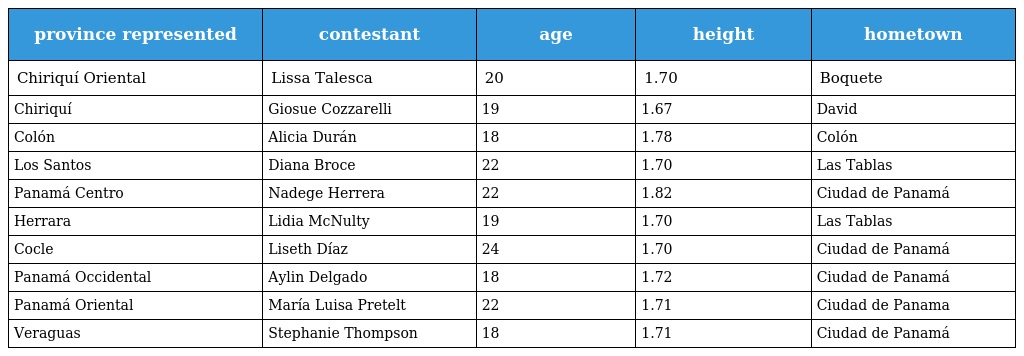
| province represented | contestant | age | height | hometown |
 | --- | --- | --- | --- | --- |
 | Chiriquí Oriental | Lissa Talesca | 20 | 1.70 | Boquete |
 | Chiriquí | Giosue Cozzarelli | 19 | 1.67 | David |
 | Colón | Alicia Durán | 18 | 1.78 | Colón |
 | Los Santos | Diana Broce | 22 | 1.70 | Las Tablas |
 | Panamá Centro | Nadege Herrera | 22 | 1.82 | Ciudad de Panamá |
 | Herrara | Lidia McNulty | 19 | 1.70 | Las Tablas |
 | Cocle | Liseth Díaz | 24 | 1.70 | Ciudad de Panamá |
 | Panamá Occidental | Aylin Delgado | 18 | 1.72 | Ciudad de Panamá |
 | Panamá Oriental | María Luisa Pretelt | 22 | 1.71 | Ciudad de Panama |
 | Veraguas | Stephanie Thompson | 18 | 1.71 | Ciudad de Panamá |